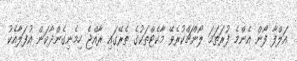
އަލްފާ ފޯން އެންމެ ފުރަތަމަ ލޯންޗްކުރެވޭ މާކެޓްތަކުގެ ތެރޭގައި ރާއްޖެ ހިމެނިގެންދާކަން އުފަލާއެކު